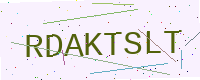
Text: RDAKTSLT